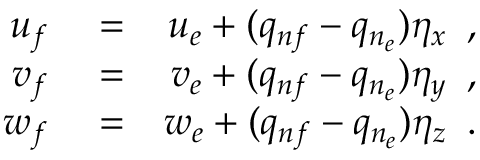
\begin{array} { r l r } { u _ { f } } & { { } = } & { u _ { e } + ( q _ { n f } - q _ { n _ { e } } ) \eta _ { x } \, \mathrm { ~ , ~ } } \\ { v _ { f } } & { { } = } & { v _ { e } + ( q _ { n f } - q _ { n _ { e } } ) \eta _ { y } \, \mathrm { ~ , ~ } } \\ { w _ { f } } & { { } = } & { w _ { e } + ( q _ { n f } - q _ { n _ { e } } ) \eta _ { z } \, \mathrm { ~ . ~ } } \end{array}